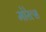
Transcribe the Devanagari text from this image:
मोरेल्स